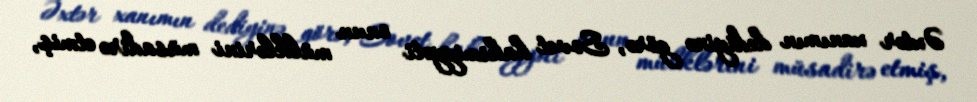
Əxtər xanımın dediyinə görə, Sovet hakimiyyəti onun mülklərini müsadirə etmiş,